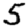
Digit: 5